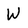
Character: W